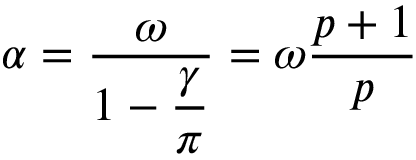
\alpha = \displaystyle \frac { \omega } { 1 - \displaystyle \frac { \gamma } { \pi } } = \omega \displaystyle \frac { p + 1 } { p }